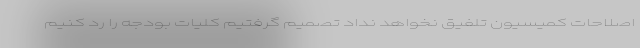
اصلاحات کمیسیون تلفیق نخواهد نداد تصمیم گرفتیم کلیات بودجه را رد کنیم